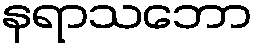
နရာသဘော